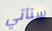
ستأتي